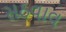
સઠવાવ